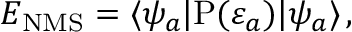
E _ { \mathrm { N M S } } = \langle \psi _ { a } | \mathrm { P } ( \varepsilon _ { a } ) | \psi _ { a } \rangle \, ,